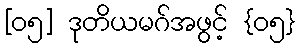
[၀၅] ဒုတိယမဂ်အဖွင့် {၀၅}